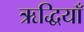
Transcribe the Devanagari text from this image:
ऋद्धियाँ